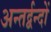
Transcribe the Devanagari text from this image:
अन्तर्द्वन्दों